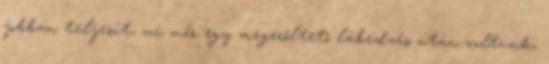
jobban teljesít, mi mér egy megerőltető lábedzés után voltunk,